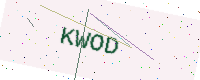
Text: KWOD